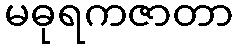
မဓုရကဇာတာ